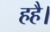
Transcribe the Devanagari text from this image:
हहै।